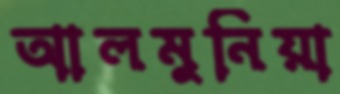
আলমুনিয়া